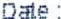
DATE: